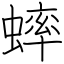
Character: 蟀